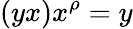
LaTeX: (yx)x^{\rho}=y